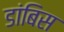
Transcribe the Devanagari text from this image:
डांबिस